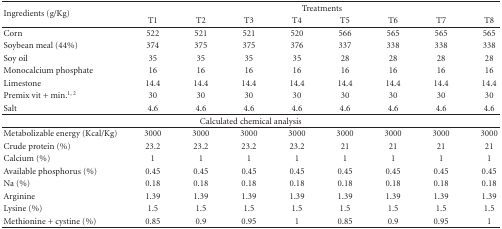
| <ROWSPAN=2> Ingredients (g/Kg) | <COLSPAN=8> Treatments |
 | T1 | T2 | T3 | T4 | T5 | T6 | T7 | T8 |
 | --- | --- | --- | --- | --- | --- | --- | --- | --- |
 | Corn | 522 | 521 | 521 | 520 | 566 | 565 | 565 | 565 |
 | Soybean meal (44%) | 374 | 375 | 375 | 376 | 337 | 338 | 338 | 338 |
 | Soy oil | 35 | 35 | 35 | 35 | 28 | 28 | 28 | 28 |
 | Monocalcium phosphate | 16 | 16 | 16 | 16 | 16 | 16 | 16 | 16 |
 | Limestone | 14.4 | 14.4 | 14.4 | 14.4 | 14.4 | 14.4 | 14.4 | 14.4 |
 | Premix vit + min.1, 2 | 30 | 30 | 30 | 30 | 30 | 30 | 30 | 30 |
 | Salt | 4.6 | 4.6 | 4.6 | 4.6 | 4.6 | 4.6 | 4.6 | 4.6 |
 | <COLSPAN=9> Calculated chemical analysis |
 | Metabolizable energy (Kcal/Kg) | 3000 | 3000 | 3000 | 3000 | 3000 | 3000 | 3000 | 3000 |
 | Crude protein (%) | 23.2 | 23.2 | 23.2 | 23.2 | 21 | 21 | 21 | 21 |
 | Calcium (%) | 1 | 1 | 1 | 1 | 1 | 1 | 1 | 1 |
 | Available phosphorus (%) | 0.45 | 0.45 | 0.45 | 0.45 | 0.45 | 0.45 | 0.45 | 0.45 |
 | Na (%) | 0.18 | 0.18 | 0.18 | 0.18 | 0.18 | 0.18 | 0.18 | 0.18 |
 | Arginine | 1.39 | 1.39 | 1.39 | 1.39 | 1.39 | 1.39 | 1.39 | 1.39 |
 | Lysine (%) | 1.5 | 1.5 | 1.5 | 1.5 | 1.5 | 1.5 | 1.5 | 1.5 |
 | Methionine + cystine (%) | 0.85 | 0.9 | 0.95 | 1 | 0.85 | 0.9 | 0.95 | 1 |